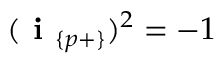
( \textbf { i } _ { \{ p + \} } ) ^ { 2 } = - 1